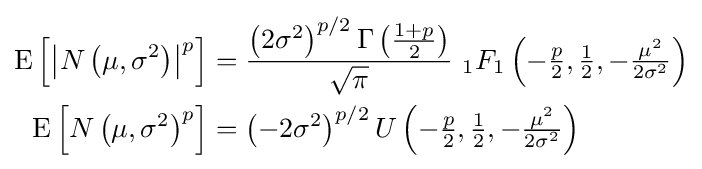
{\begin{aligned}\operatorname {E} \left[\left|N\left(\mu ,\sigma ^{2}\right)\right|^{p}\right]&={\frac {\left(2\sigma ^{2}\right)^{p/2}\Gamma \left({\tfrac {1+p}{2}}\right)}{\sqrt {\pi }}}\ {}_{1}F_{1}\left(-{\tfrac {p}{2}},{\tfrac {1}{2}},-{\tfrac {\mu ^{2}}{2\sigma ^{2}}}\right)\\\operatorname {E} \left[N\left(\mu ,\sigma ^{2}\right)^{p}\right]&=\left(-2\sigma ^{2}\right)^{p/2}U\left(-{\tfrac {p}{2}},{\tfrac {1}{2}},-{\tfrac {\mu ^{2}}{2\sigma ^{2}}}\right)\end{aligned}}